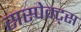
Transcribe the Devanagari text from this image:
सस्पेक्ट्स